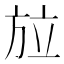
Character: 𭤳